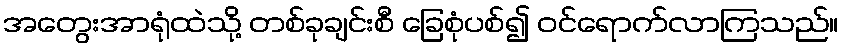
အတွေးအာရုံထဲသို့ တစ်ခုချင်းစီ ခြေစုံပစ်၍ ဝင်ရောက်လာကြသည်။